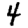
Digit: 4